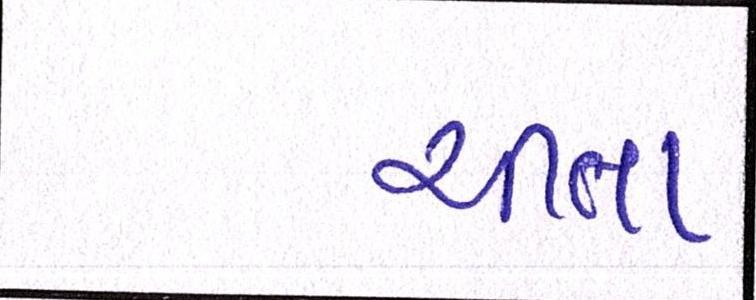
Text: ચીતા